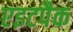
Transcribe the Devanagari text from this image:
एइटपैक